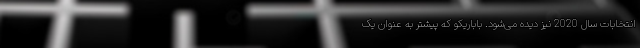
انتخابات سال 2020 نیز دیده می‌شود. باباریکو که پیشتر به عنوان یک